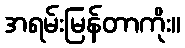
အရမ်းမြန်တာကိုး။